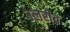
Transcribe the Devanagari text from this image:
उलरीच